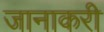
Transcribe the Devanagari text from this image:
जानाकरी